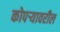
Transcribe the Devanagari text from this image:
कोपर्‍यावरील